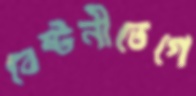
বেষ্টনীতেগে